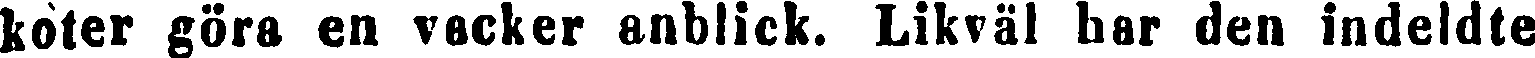
koter göra en vacker anblick. Likväl har den indeldte